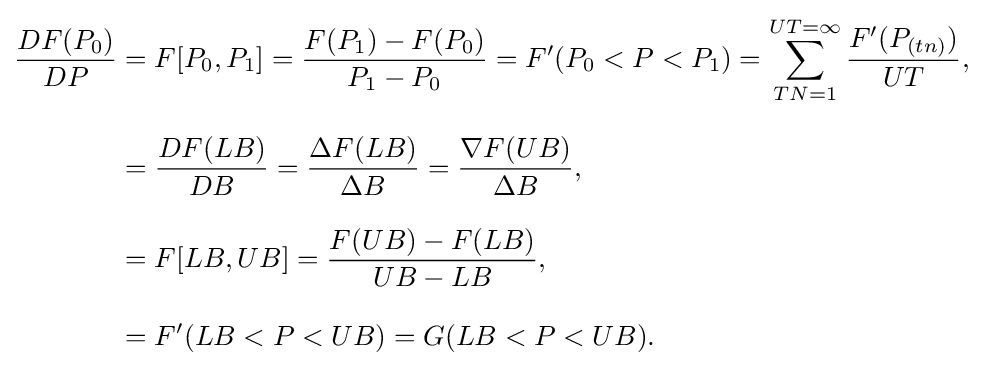
{\begin{aligned}{\frac {DF(P_{0})}{DP}}&=F[P_{0},P_{1}]={\frac {F(P_{1})-F(P_{0})}{P_{1}-P_{0}}}=F'(P_{0}<P<P_{1})=\sum _{TN=1}^{UT=\infty }{\frac {F'(P_{(tn)})}{UT}},\\[8pt]&={\frac {DF(LB)}{DB}}={\frac {\Delta F(LB)}{\Delta B}}={\frac {\nabla F(UB)}{\Delta B}},\\[8pt]&=F[LB,UB]={\frac {F(UB)-F(LB)}{UB-LB}},\\[8pt]&=F'(LB<P<UB)=G(LB<P<UB).\end{aligned}}